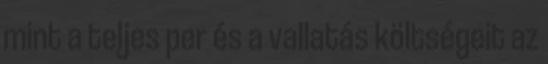
mint a teljes per és a vallatás költségeit az